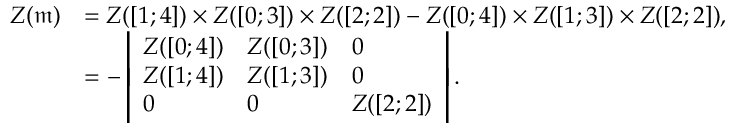
\begin{array} { r l } { Z ( \mathfrak { m } ) } & { = Z ( [ 1 ; 4 ] ) \times Z ( [ 0 ; 3 ] ) \times Z ( [ 2 ; 2 ] ) - Z ( [ 0 ; 4 ] ) \times Z ( [ 1 ; 3 ] ) \times Z ( [ 2 ; 2 ] ) , } \\ & { = - \left| \begin{array} { l l l } { Z ( [ 0 ; 4 ] ) } & { Z ( [ 0 ; 3 ] ) } & { 0 } \\ { Z ( [ 1 ; 4 ] ) } & { Z ( [ 1 ; 3 ] ) } & { 0 } \\ { 0 } & { 0 } & { Z ( [ 2 ; 2 ] ) } \end{array} \right| . } \end{array}